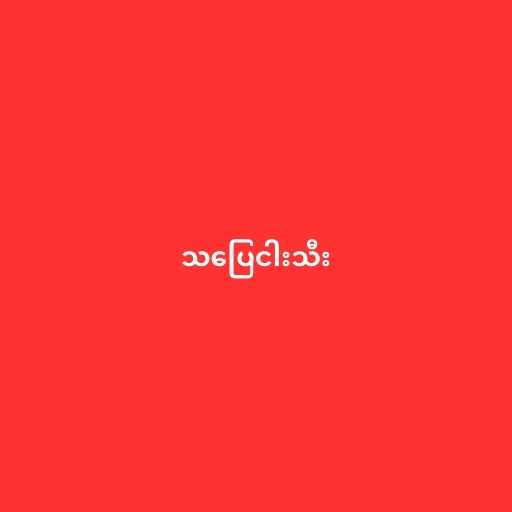
သပြေငါးသီး